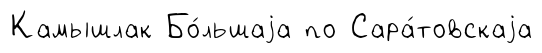
Камышлак Бо́льшаjа по Сара́товскаjа